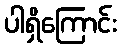
ပါရှိကြောင်း